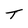
Character: T